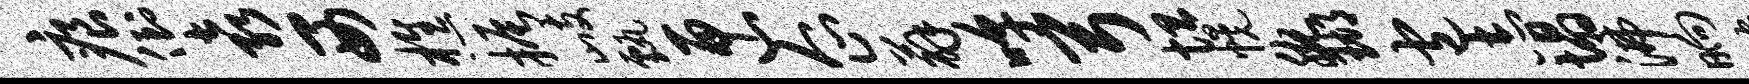
痕倒袁西樵振歧甄匣企薜嗥弓坦幌腕瑚包志塌沸晌蜿